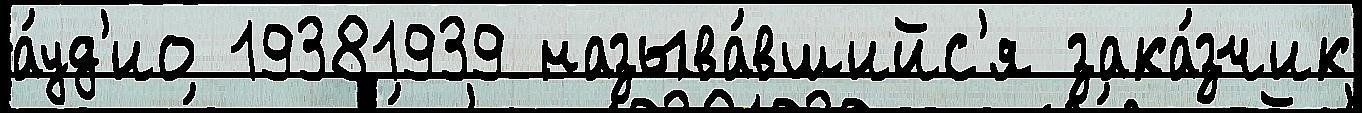
а́уд'ио 19381939 называ́вшийс'я зака́зчик